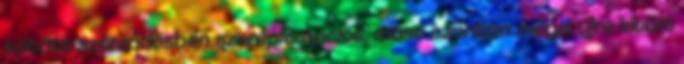
kötött szerződésben szereplő opciót, most azonban mégis újra kitört